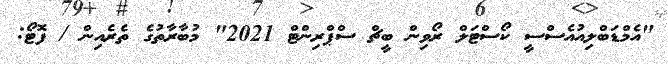
"އެމްޑަބްލިއުއެސްސީ ކޯސްޓަލް ރޯވިން ބީޗް ސްޕްރިންޓް 2021" މުބާރާތުގެ ތެރެއިން / ފޮޓޯ: